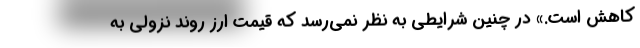
کاهش است.» در چنین شرایطی به نظر نمی‌رسد که قیمت ارز روند نزولی به